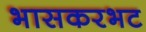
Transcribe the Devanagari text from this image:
भासकरभट